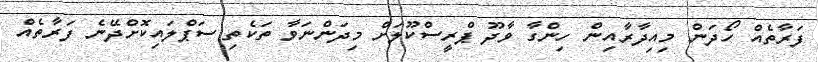
ފަރާތެއް ހޯދަން މިއިދާރާއިން ހިންގާ ވާދޫ ޕްރީސްކޫލަށް މިދަންނަވާ ތަކެތި ސަޕްލައިކޮށްދޭނެ ފަރާތެއް